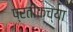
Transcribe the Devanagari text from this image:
प्रतीकच्या